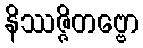
နိဿဇ္ဇိတဗ္ဗော